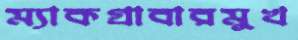
ম্যাকগ্রাবারমুখ